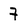
Character: 7